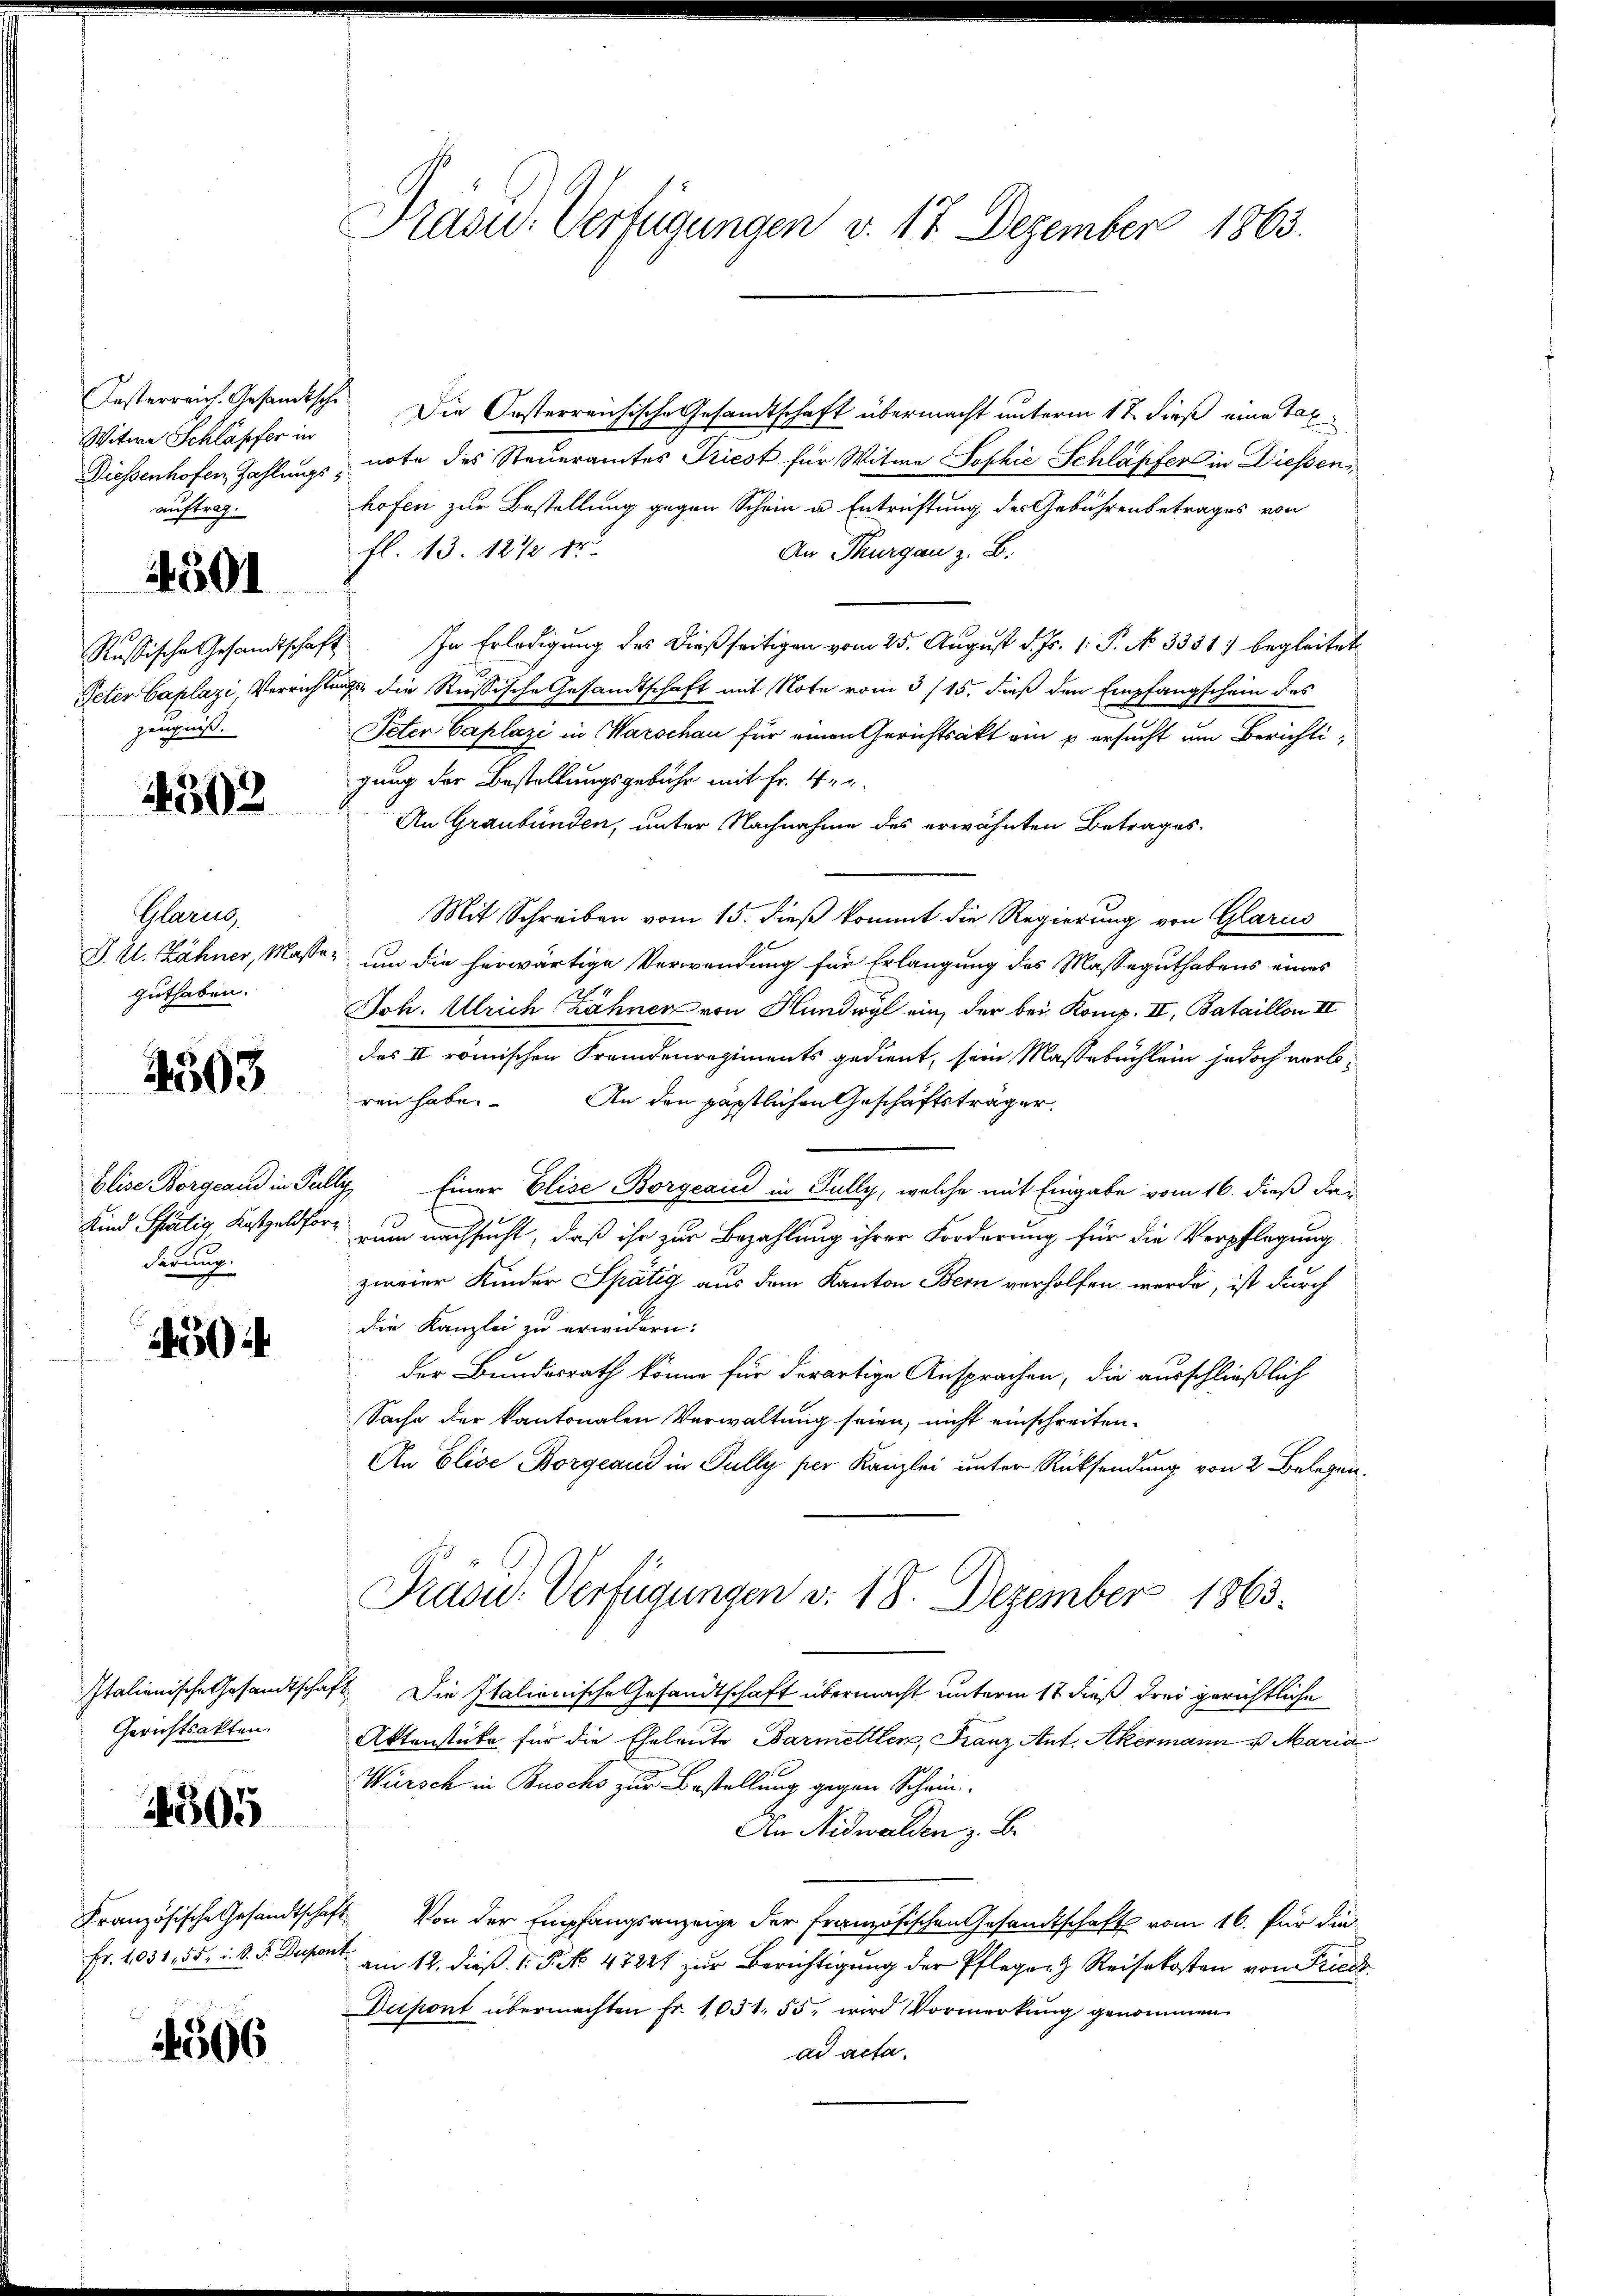
Witwe Schläpfer in
Diessenhofen Zahlungsauftrag.

4501

Russische Gesandtschaf
Peter Caplazi Verrich
zeugniß.

4303

Glarus,
guthaben.

4503

blise Borgeand in Per
Kind Shätig Kostgeldfor
derung.

504

Italienische Gesandtscha
Gerichtsakten.

4505

Französische Gesandtsche
Fr. 1031, 55, d. d. J. Dup

4506

Präsid.- Verfügungen v. 17 Dezember 1863.

Kosterreich. Gesamtsch. Die Oesterreichische Gesandtschaft übermacht unterm 17. dieß eine Taxnote des Steueramtes Triest für Witwe Sophie Schläpfer in Diessen,
hofen zur Bestellung gegen Schein u. Entrichtung des Gebührenbetrages von
fl. 13. 1872 er
An Thurgau z. B.
E. In Erledigung des Dießseitigen vom 25. August d. Js. 1. P. No. 3331) begleitet
nicht die Russische Gesandtschaft mit Note vom 3/15. dieß den Empfangschein des
Peter Caplazi in Marschau für einen Gerichtsakt ein u ersucht um Berichtigung der Bestellungsgebühr mit Fr. Ver¬
An Graubünden, unter Nachnahme des erwähnten Betrages.
Mit Schreiben vom 15. dieß kommt die Regierung von Glarus
J. U. Zähner, Masse, um die herwärtige Verwendung für Erlangung des Masseguthabens eines
Joh. Ulrich Zähner von Hundwyl ein, der bei Komp. II, Bataillon III
des II römischen Fremdenregiments gedient, sein Massebüchlein jedoch verbren habe.
An den päpstlichen Geschäftsträger
 Einer Elise Borgeaus in Fully, welche mit Eingabe vom 16. dieß das
rum nachsucht, daß ihr zur Bezahlung ihrer Forderung für die Verpflegung
zweier Kinder Spätig aus dem Kanton Bern vorholfen werde, ist durch
die Kanzlei zu erwidern:
der Bundesrath könne für derartige Ansprachen, die ausschließlich
Sache der kantonalen Verwaltung seien, nicht einschreiten.
An Elise Borgeaud in Fully per Kanzlei unter Rücksendung von 2 Belegen.
Präsu. Verfügungen v. 18. Dezember 1863.
eft. Die Italienische Gesandtschaft übermacht unterm 17 dieß drei gerichtliche
Aktenstüke für die Eheleute Barmettler, Franz Ant. Akermann u. Maria
Würsch in Buschs zur Bestellung gegen Schein¬
Den Nidwalden z. B.
bst. Von der Empfangsanzeige der Französischen Gesandtschaft vom 16. für die
 am 12. dieß P. No 47221 zur Berichtigung der Pfleger Reisekosten von Friede
Duipont übermachten Fr. 1051. 55, wird Vormerkung genommen
ad acta.